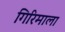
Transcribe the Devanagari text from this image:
गिरिमाला